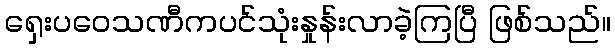
ရှေးပဝေသဏီကပင်သုံးနှုန်းလာခဲ့ကြပြီ ဖြစ်သည်။